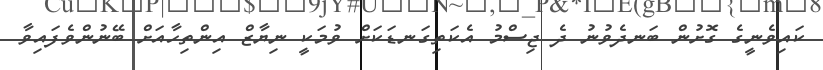
ކައިވެނީގެ ގޮށުން ބަނދެވުނު ދެ ޖިސްމު އެކަތިގަނޑަކަށް ވުމަކީ ނިޔާޒް އިންތިހާއަށް ބޭނުންވެފައިވާ